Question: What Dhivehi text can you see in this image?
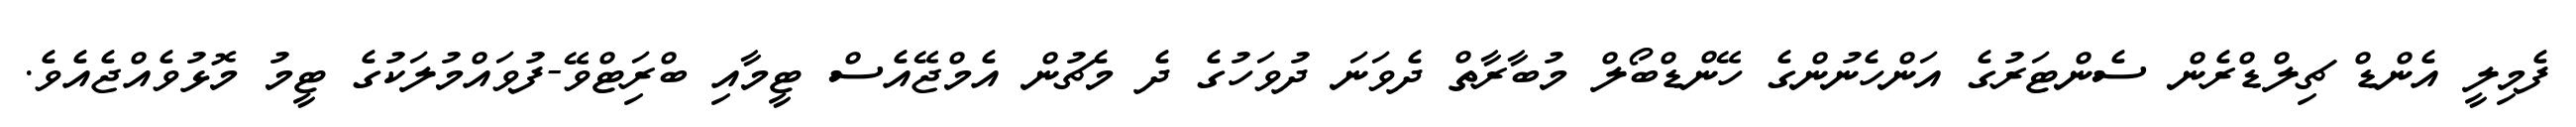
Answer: ފެމިލީ އެންޑް ޗިލްޑްރެން ސެންޓަރުގެ އަންހެނުންގެ ހޭންޑްބޯލް މުބާރާތް ދެވަނަ ދުވަހުގެ ދެ މެޗުން އެމްޖޭއެސް ޓީމާއި ބްރަިޓްވޭ-ފުވައްމުލަކުގެ ޓީމު މޮޅުވެއްޖެއެވެ.